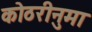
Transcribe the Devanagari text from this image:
कोठरीनुमा